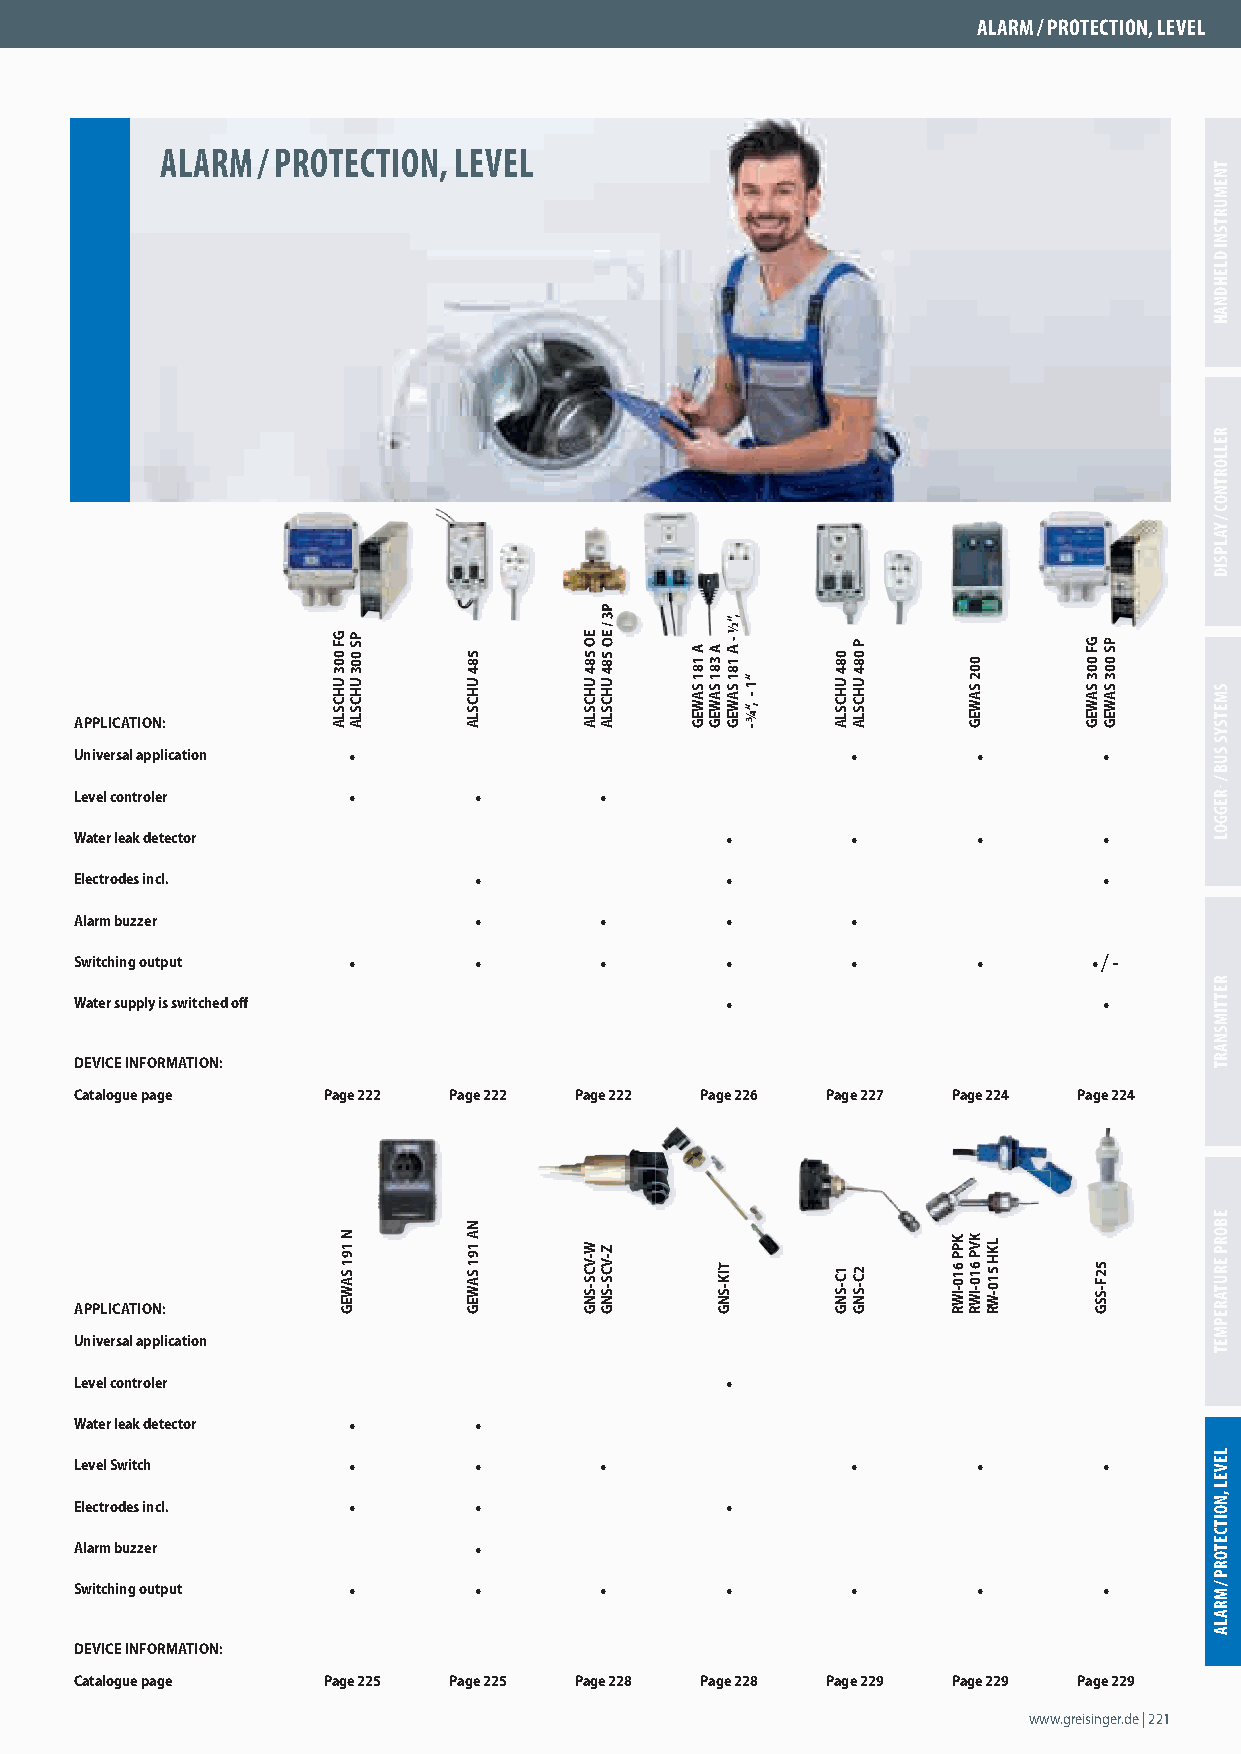
ALARM / PROTECTION, LEVEL
 ALARM / PROTECTION, LEVEL
 APPLICATION:
 Universal application •                            •        •       •
 Level controler   •       •        •
 Water leak detector                        •       •        •       •
 Electrodes incl.          •                •                        •
 Alarm buzzer              •        •       •       •
 Switching output  •       •        •       •       •        •      • / -
 Water supply is switched off               •                        •
 DEVICE INFORMATION:
 Catalogue page  Page 222 Page 222 Page 222 Page 226 Page 227 Page 224 Page 224
 APPLICATION:
 Universal application
 Level controler                            •
 Water leak detector •     •
 Level Switch      •       •        •               •        •       •
 Electrodes incl.  •       •                •
 Alarm buzzer              •
 Switching output  •       •        •       •       •        •       •
 DEVICE INFORMATION:
 Catalogue page  Page 225 Page 225 Page 228 Page 228 Page 229 Page 229 Page 229
 www.greisinger.de | 221
 GF 003
 UHCSLA
 N 191
 SAWEG
 PS 003
 UHCSLA
 584
 UHCSLA
 NA
 191
 SAWEG
 EEOO 558844
 UUHHCCSSLLAA
 W-VCS-SNG
 PP33
 //
 EEOO 558844
 UUHHCCSSLLAA
 Z-VCS-SNG
 AA 118811
 SSAAWWEEGG
 AA 338811
 SSAAWWEEGG
 TTIIKK--SSNNGG
 ,,““½½
 -- AA 118811
 SSAAWWEEGG “1
 -
 ,“¾
 -
 084
 UHCSLA
 1C-SNG
 P 084
 UHCSLA
 2C-SNG
 KKPPPP
 661100--IIWWRR
 002
 SAWEG
 KKVVPP
 661100--IIWWRR
 LKH
 510-WR
 GF 003
 SAWEG
 52F-SSG
 PPSS 000033
 SSAAWWEEGG
 TNEMURTSNI
 DLEHDNAH
 RELLORTNOC
 /
 YALPSID
 SMETSYS
 SUB
 /
 -REGGOL
 RETTIMSNART
 EBORP
 ERUTAREPMET
 LEVEL
 ,NOITCETORP
 / MRALA